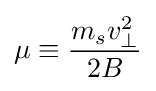
\mu \equiv {\frac {m_{s}v_{\perp }^{2}}{2B}}